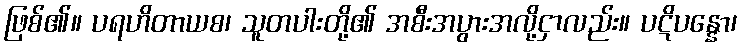
ဖြစ်၏။ ပရဟိတာယစ၊ သူတပါးတို့၏ အစီးအပွားအလို့ငှာလည်း။ ပဋိပန္နော၊